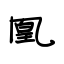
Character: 凰